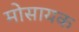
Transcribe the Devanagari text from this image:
मोसायक